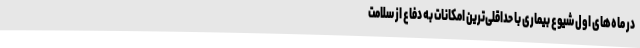
در ماه‌های اول شیوع بیماری با حداقلی‌ترین امکانات به دفاع از سلامت